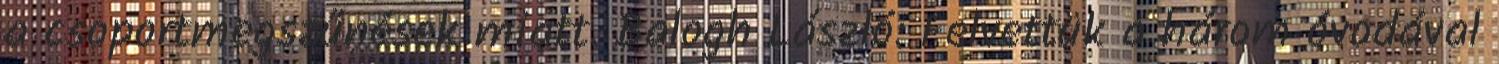
a csoportmegszűnések miatt. Balogh László: Felvettük a három óvodával